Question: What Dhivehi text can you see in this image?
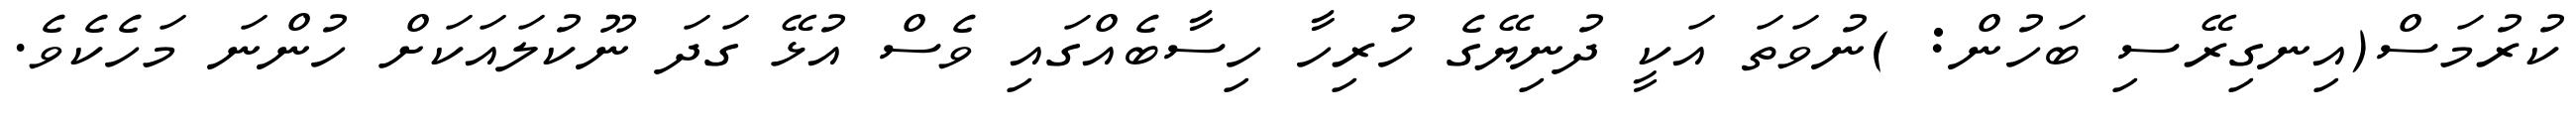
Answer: ކުރުމަސް(އިނގިރޭސި ބަހުން: )ނުވަތަ އަކީ ދުނިޔޭގެ ހުރިހާ ހިސާބެއްގައި ވެސް އުޅޭ ގަދަ ނޫކުލައަކަށް ހުންނަ މަހެކެވެ.